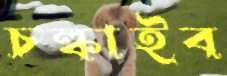
চল্‌কাইব